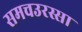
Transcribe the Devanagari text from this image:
समचउरस्सा